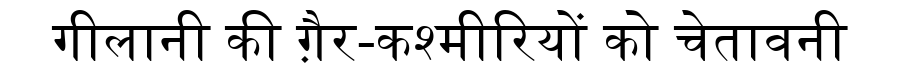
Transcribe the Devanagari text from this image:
गीलानी की ग़ैर-कश्मीरियों को चेतावनी